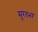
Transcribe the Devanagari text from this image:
सुरतभर